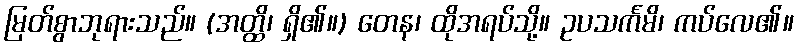
မြတ်စွာဘုရားသည်။ (အတ္ထိ၊ ရှိ၏။) တေန၊ ထိုအရပ်သို့။ ဥပသင်္ကမိ၊ ကပ်လေ၏။